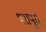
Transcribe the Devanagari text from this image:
भरापुरा